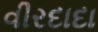
વીરદાદા